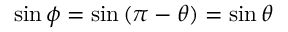
\sin { \phi } = \sin { ( \pi - \theta ) } = \sin { \theta }